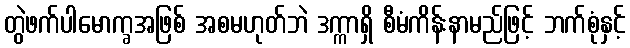
တွဲဖက်ပါမောက္ခအဖြစ် အစမဟုတ်ဘဲ ဒက္ကာရှိ စီမံကိန်းနာမည်ဖြင့် ဘက်စုံနှင့်